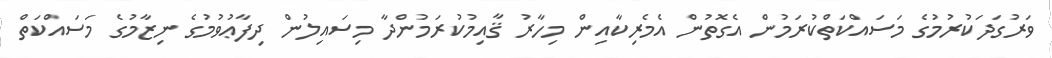
ވަރުގަދަކުރުމުގެ މަސައްކަތްކުރަމުން އެގޮތުން އެމެރިކާއިން މިހާރު ޤާއިމުކުރަމުންދާ މިސައިލުން ދިފާޢުވުމުގެ ނިޒާމުގެ މަސައްކަތް